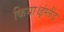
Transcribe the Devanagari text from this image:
किया।इंग्लैंड